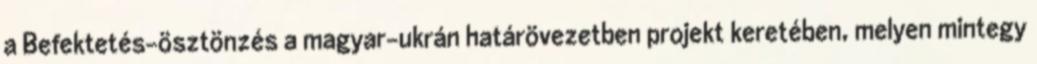
a Befektetés-ösztönzés a magyar–ukrán határövezetben projekt keretében, melyen mintegy